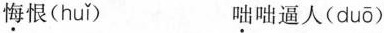
悔恨( huǐ ) 咄咄逼人( duō )